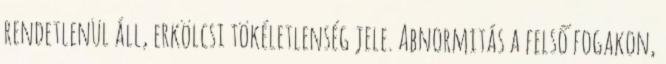
rendetlenül áll, erkölcsi tökéletlenség jele. Abnormitás a felső fogakon,